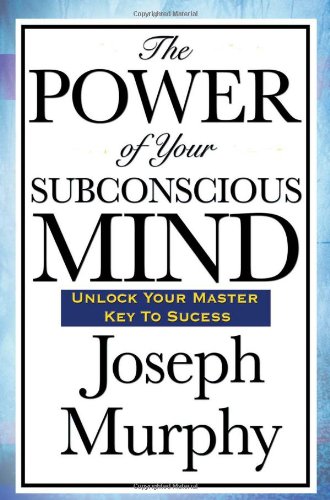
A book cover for The Power of Your Subconscious Mind; Joseph Murphy; Self-Help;